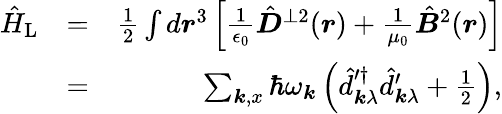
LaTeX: \begin{array}{rlr}{\hat{H}_{\mathrm{L}}}&{=}&{\frac{1}{2}\int d\boldsymbol r^{3}\left[\frac{1}{\epsilon_{0}}\hat{\boldsymbol D}^{\perp 2}(\boldsymbol r)+\frac{1}{\mu_{0}}\hat{\boldsymbol B}^{2}(\boldsymbol r)\right]}\\ &{=}&{\sum_{\boldsymbol k,x}\hbar\omega_{\boldsymbol k}\left(\hat{d}_{\boldsymbol k\lambda}^{\prime\dagger}\hat{d}_{\boldsymbol k\lambda}^{\prime}+\frac 12\right),}\end{array}